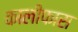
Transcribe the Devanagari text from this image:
कालीफास